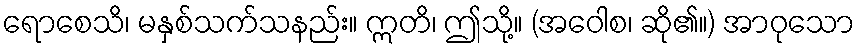
ရောစေသိ၊ မနှစ်သက်သနည်း။ ဣတိ၊ ဤသို့။ (အဝေါစ၊ ဆို၏။) အာဝုသော